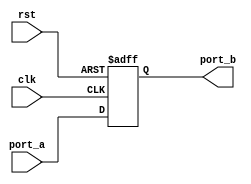
module DLY_NR_ASGN (clk, rst, port_a, port_b);
   input clk;
   input rst;
   input port_a;
   output port_b;
   reg port_b;
   always @ (posedge clk or negedge rst)
   if (!rst)
   port_b <= #1 1'b0;
   else
   port_b<= #1 port_a;
endmodule